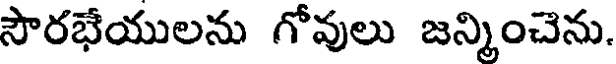
సౌరభేయులను గోవులు జన్మించెను.